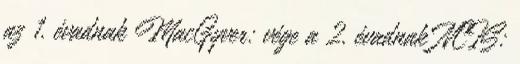
az 1. évadnak MacGyver: vége a 2. évadnak NCIS: